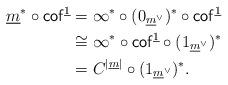
LaTeX: \begin{align*}\underline{m}^*\circ\mathsf{cof}^{\underline{1}} &= \infty^*\circ (0_{\underline{m}^{\vee}})^*\circ\mathsf{cof}^{\underline{1}}\\&\cong \infty^* \circ\mathsf{cof}^{\underline{1}}\circ (1_{\underline{m}^{\vee}})^*\\&= C^{|\underline{m}|}\circ (1_{\underline{m}^{\vee}})^*.\end{align*}